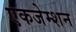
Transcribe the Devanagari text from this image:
एकजेम्शन